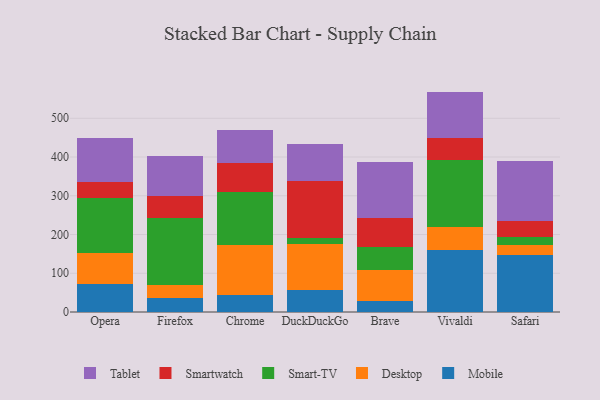
{"axis": {"x": "Browser", "y": "Churn Rate (%)"}, "legend": ["Desktop", "Mobile", "Smart-TV", "Smartwatch", "Tablet"], "data": [{"x": "Opera", "y": 71.0, "type": "Mobile"}, {"x": "Opera", "y": 80.2, "type": "Desktop"}, {"x": "Opera", "y": 143.3, "type": "Smart-TV"}, {"x": "Opera", "y": 41.4, "type": "Smartwatch"}, {"x": "Opera", "y": 113.1, "type": "Tablet"}, {"x": "Firefox", "y": 36.1, "type": "Mobile"}, {"x": "Firefox", "y": 34.6, "type": "Desktop"}, {"x": "Firefox", "y": 170.9, "type": "Smart-TV"}, {"x": "Firefox", "y": 58.1, "type": "Smartwatch"}, {"x": "Firefox", "y": 103.8, "type": "Tablet"}, {"x": "Chrome", "y": 43.4, "type": "Mobile"}, {"x": "Chrome", "y": 128.7, "type": "Desktop"}, {"x": "Chrome", "y": 138.7, "type": "Smart-TV"}, {"x": "Chrome", "y": 73.4, "type": "Smartwatch"}, {"x": "Chrome", "y": 85.7, "type": "Tablet"}, {"x": "DuckDuckGo", "y": 56.2, "type": "Mobile"}, {"x": "DuckDuckGo", "y": 120.4, "type": "Desktop"}, {"x": "DuckDuckGo", "y": 14.0, "type": "Smart-TV"}, {"x": "DuckDuckGo", "y": 148.3, "type": "Smartwatch"}, {"x": "DuckDuckGo", "y": 95.7, "type": "Tablet"}, {"x": "Brave", "y": 28.7, "type": "Mobile"}, {"x": "Brave", "y": 79.6, "type": "Desktop"}, {"x": "Brave", "y": 58.9, "type": "Smart-TV"}, {"x": "Brave", "y": 76.0, "type": "Smartwatch"}, {"x": "Brave", "y": 143.7, "type": "Tablet"}, {"x": "Vivaldi", "y": 160.9, "type": "Mobile"}, {"x": "Vivaldi", "y": 57.4, "type": "Desktop"}, {"x": "Vivaldi", "y": 172.9, "type": "Smart-TV"}, {"x": "Vivaldi", "y": 57.3, "type": "Smartwatch"}, {"x": "Vivaldi", "y": 120.4, "type": "Tablet"}, {"x": "Safari", "y": 148.1, "type": "Mobile"}, {"x": "Safari", "y": 24.3, "type": "Desktop"}, {"x": "Safari", "y": 20.0, "type": "Smart-TV"}, {"x": "Safari", "y": 43.5, "type": "Smartwatch"}, {"x": "Safari", "y": 153.3, "type": "Tablet"}]}